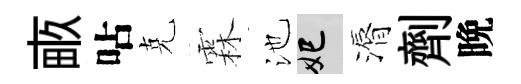
畞呫克霖池妃漘劑晩